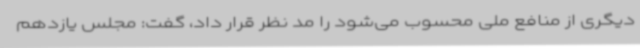
دیگری از منافع ملی محسوب می‌شود را مد نظر قرار داد، گفت: مجلس یازدهم